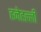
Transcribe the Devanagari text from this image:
हनेहल्ली